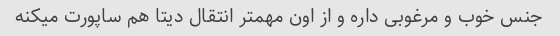
جنس خوب و مرغوبی داره و از اون مهمتر انتقال دیتا هم ساپورت میکنه